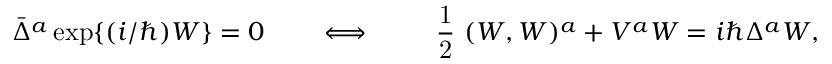
\bar { \Delta } ^ { a } \, \mathrm { e x p } \{ ( i / \hbar ) W \} = 0 \qquad \Longleftrightarrow \qquad \mathrm { ~ \frac { 1 } { 2 } ~ } ( W , W ) ^ { a } + V ^ { a } W = i \hbar \Delta ^ { a } W ,